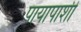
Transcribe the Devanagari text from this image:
पायापाशीं